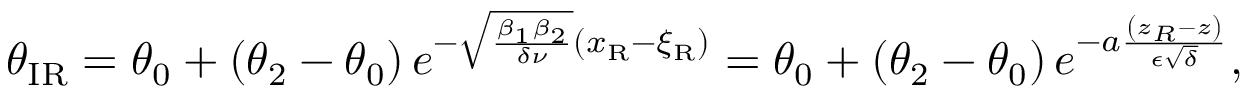
\theta _ { \mathrm { I R } } = \theta _ { 0 } + \left( \theta _ { 2 } - \theta _ { 0 } \right) e ^ { - \sqrt { \frac { \beta _ { 1 } \beta _ { 2 } } { \delta \nu } } \left( x _ { \mathrm { { R } } } - \xi _ { \mathrm { R } } \right) } = \theta _ { 0 } + \left( \theta _ { 2 } - \theta _ { 0 } \right) e ^ { - a \frac { \left( z _ { R } - z \right) } { \epsilon \sqrt { \delta } } } ,